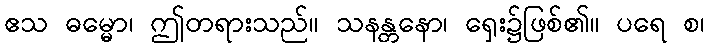
ဧသ ဓမ္မော၊ ဤတရားသည်။ သနန္တနော၊ ရှေး၌ဖြစ်၏။ ပရေ စ၊